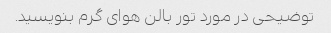
توضیحی در مورد تور بالن هوای گرم بنویسید.